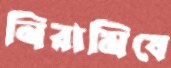
নিরামিষে